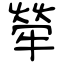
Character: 犖